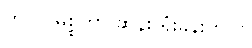
ဟဲလို၊ မစ္စတာ ဆုန်း ရုံးခန်းကပါ။